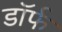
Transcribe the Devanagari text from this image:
डॉर्फ